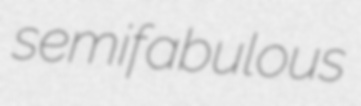
semifabulous